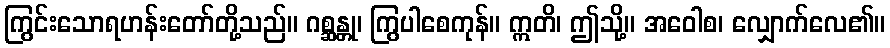
ကြွင်းသောရဟန်းတော်တို့သည်။ ဂစ္ဆန္တု၊ ကြွပါစေကုန်။ ဣတိ၊ ဤသို့။ အဝေါစ၊ လျှောက်လေ၏။